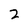
Character: 2